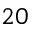
2 0